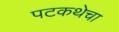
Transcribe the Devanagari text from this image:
पटकथेचा